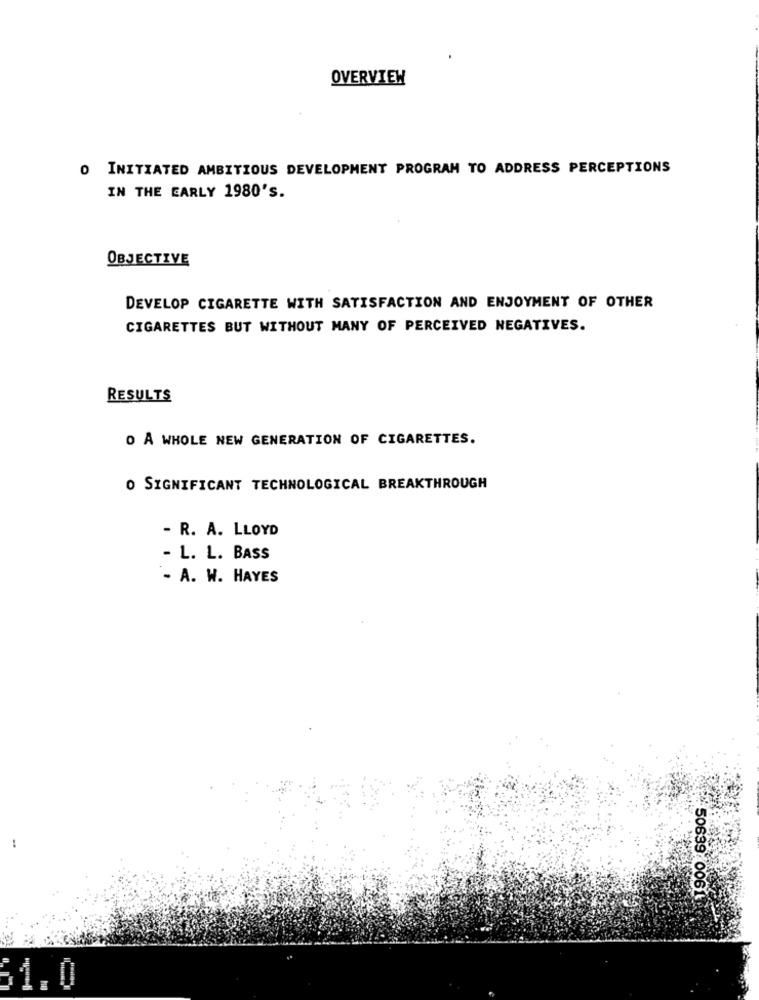
OVERVIEW
O INITIATED AMBITIOUS DEVELOPMENT PROGRAM TO ADDRESS PERCEPTIONS
IN THE EARLY 1980'S.
OBJECTIVE
DEVELOP CIGARETTE WITH SATISFACTION AND ENJOYMENT OF OTHER
CIGARETTES BUT WITHOUT MANY OF PERCEIVED NEGATIVES.
RESULTS
O A WHOLE NEW GENERATION OF CIGARETTES.
O SIGNIFICANT TECHNOLOGICAL BREAKTHROUGH
- R. A. LLOYD
- L. L. BASS
- A. W. HAYES
50639:0061
81.0